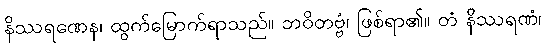
နိဿရဏေန၊ ထွက်မြောက်ရာသည်။ ဘဝိတဗ္ဗံ၊ ဖြစ်ရာ၏။ တံ နိဿရဏံ၊